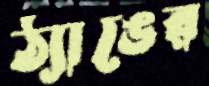
ঠ্যাঙের